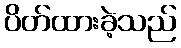
ပိတ်ထားခဲ့သည်